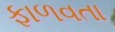
ફાળવતા